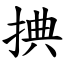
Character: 捵